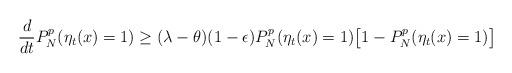
LaTeX: \begin{align*}\frac{d}{dt}P_N^p(\eta_t(x)=1)\geq(\lambda-\theta)(1-\epsilon)P_N^p(\eta_t(x)=1)\big[1-P_N^p(\eta_t(x)=1)\big]\end{align*}